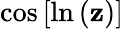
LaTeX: \cos{[\ln{(\mathbf{z})}]}